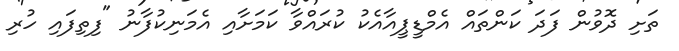
ތަށި ދޮވުން ފަދަ ކަންތައް އެމްޑީޕީއާއެކު ކުރައްވާ ކަމަށާއި އެމަނިކުފާނު "ފިތިފައި ހުރި